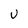
Character: U